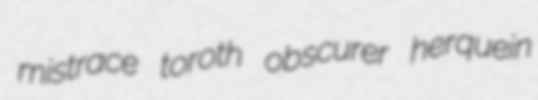
mistrace toroth obscurer herquein